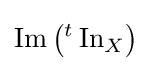
\operatorname {Im} \left({}^{t}\operatorname {In} _{X}\right)